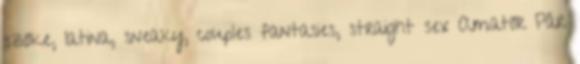
szőke, latina, sneaky, couples fantasies, straight sex Amatőr Pár